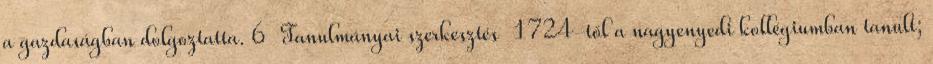
a gazdaságban dolgoztatta. 6 Tanulmányai szerkesztés 1724-től a nagyenyedi kollégiumban tanult;